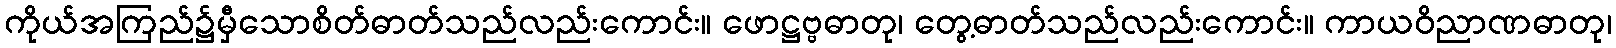
ကိုယ်အကြည်၌မှီသောစိတ်ဓာတ်သည်လည်းကောင်း။ ဖောဋ္ဌဗ္ဗဓာတု၊ တွေ့ဓာတ်သည်လည်းကောင်း။ ကာယဝိညာဏဓာတု၊